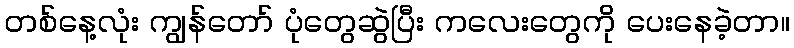
တစ်နေ့လုံး ကျွန်တော် ပုံတွေဆွဲပြီး ကလေးတွေကို ပေးနေခဲ့တာ။